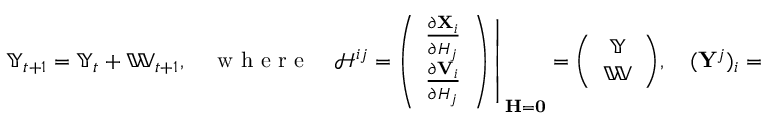
\begin{array} { r } { \mathbb { Y } _ { t + 1 } = \mathbb { Y } _ { t } + \mathbb { W } _ { t + 1 } , \quad \mathrm { ~ w ~ h ~ e ~ r ~ e ~ } \quad \mathbf { \mathcal { H } } ^ { i j } = \left. \! \left( \begin{array} { c } { \frac { \partial \mathbf { X } _ { i } } { \partial H _ { j } } } \\ { \frac { \partial \mathbf { V } _ { i } } { \partial H _ { j } } } \end{array} \right) \right| _ { \mathbf { H } = \mathbf { 0 } } = \left( \begin{array} { c } { \mathbb { Y } } \\ { \mathbb { W } } \end{array} \right) \! , \quad ( \mathbf { Y } ^ { j } ) _ { i } = \mathbb { Y } ^ { i j } , \quad ( \mathbf { W } ^ { j } ) _ { i } = \mathbb { W } ^ { i j } , } \end{array}